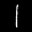
Label: 1